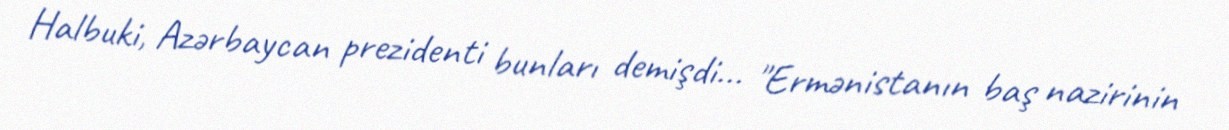
Halbuki, Azərbaycan prezidenti bunları demişdi... "Ermənistanın baş nazirinin